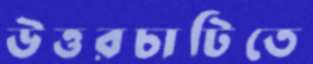
উত্তরচাটিতে